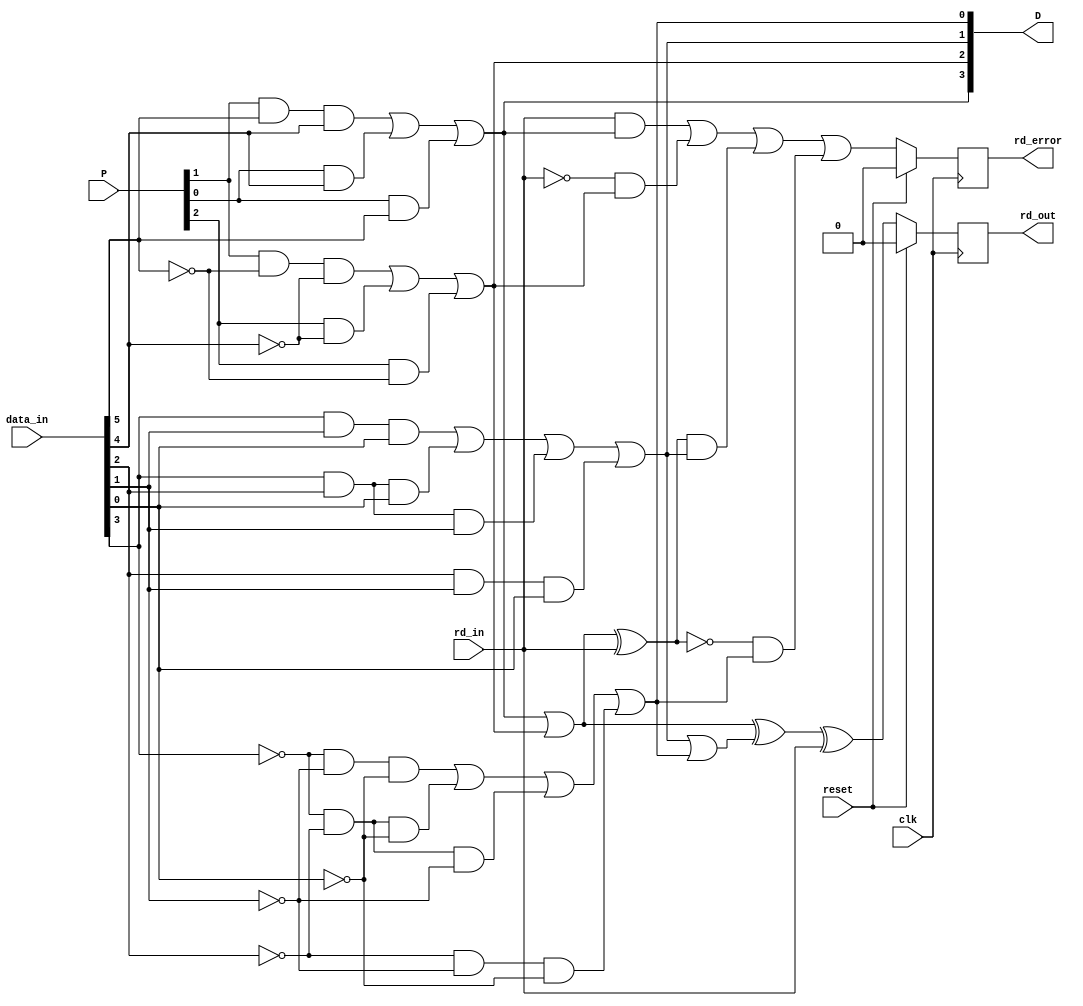
`timescale 1ns / 1ps
//////////////////////////////////////////////////////////////////////////////////
// Company: 
// Engineer: 
// 
// Design Name: 
// Module Name: disCtrl
// Project Name: 
// Target Devices: 
// Tool Versions: 
// Description: 
// 
// Dependencies: 
// 
// Revision:
// Revision 0.01 - File Created
// Additional Comments:
// 
//////////////////////////////////////////////////////////////////////////////////


module disCtr2(
    input clk, 
    input reset,
    input [9:0] data_in,
    input rd_in,
    input [2:0] P,
    output [3:0] D,
    output reg rd_out,
    output reg rd_error
    );
    
    wire a, b, c, d, e, i, f, g, h, j;
    assign {a, b, c, d, e, i, f, g, h, j} = data_in;
    wire P13, P22, P31;
    assign {P13, P22, P31} = P;
    
    /* Disparity check for 6B/5B */
    // If either PD1S6 or ND1S6 is set, then RD6 is changed 
    wire PD1S6, ND0S6, ND1S6, PD0S6, RD6;
    assign PD1S6 = (P22 & ~e & ~i) | (P13 & ~i) | (P13 & d & e & i) | (P13 & ~e);
    assign ND1S6 = (P22 & e & i) | (P31 & i) | (P31 & ~d & ~e & ~i) | (P31 & e);
    assign PD0S6 = (P22 & e & i) | (P31 & i) | (P31 & e);
    assign ND0S6 = (P22 & ~e & ~i) | (P13 & ~i) | (P13 & ~e);
    assign RD6 = (PD0S6 | ND0S6);  
    /* Disparity check for 4B/3B */  
    // If either PD1S5 or ND1S4 is set, then RD4 is changed
    wire ND1S4, ND0S4, PD1S4, PD0S4, RD4, rd_in_s4;
    assign rd_in_s4 = RD6 ^ rd_in; 
    assign PD1S4 = (~f & ~h & ~j) | (~f & ~g & h & j) | (~f & ~g & ~j) |
                   (~f & ~g & ~h) | (~g & ~h & ~j) ;
    assign ND1S4 = (f & h & j) | (f & g & ~h & ~j) | (f & g & j) | 
                   (f & g & h) | (g & h & j) ;
    assign PD0S4 = (f & h & j) | (f & g & j) | (f & g & h) | (g & h & j);
    assign ND0S4 = (~f & ~h & ~j) |  (~f & ~g & ~j) | 
                   (~f & ~g & ~h) | (~g & ~h & ~j) ;
    assign RD4 = (PD0S4 | ND0S4);
    /* Disparity checking for error */
    always @(posedge clk) 
    begin
        if (reset) rd_error = 0;
        else
        rd_error <= (rd_in & PD0S6)       |   // rd_in is +, but dis of 6B/5B is +2
                    (~rd_in & ND0S6)      |   // rd_in is -, but dis of 6B/5B is -2
                    (rd_in_s4 & PD0S4)    |   // rd_in_s4 is +, but dis of 4B/3B is +2
                    (~rd_in_s4 & ND0S4)   ;   // rd_in_s4 is -, but dis of 4B/3B is -2   
    end
    /* Running disparity of the end */
    wire rd_cur;
    assign rd_cur = RD6 ^ RD4;          // Running disparity of current input
    always @(posedge clk) 
    begin
        if (reset) rd_out = 0;
        else rd_out <= rd_cur ^ rd_in;  // Use running disparity of current input to determine if we
                                        //  need to change entry running disparity of the next input.
    end
    assign D = {PD0S6, ND0S6, PD0S4, ND0S4};
endmodule